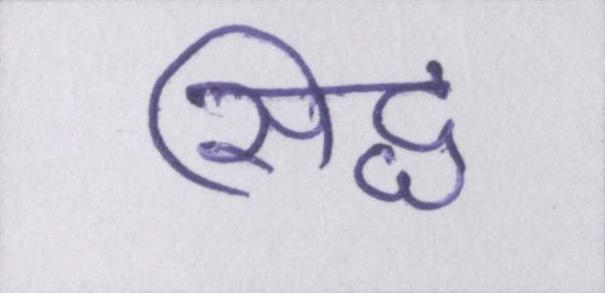
सिद्ध